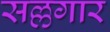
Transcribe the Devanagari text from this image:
सल्लगार